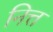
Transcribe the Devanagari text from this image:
नित्त